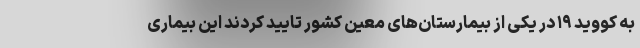
به کووید ۱۹ در یکی از بیمارستان‌های معین کشور تایید کردند این بیماری